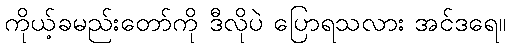
ကိုယ့်ခမည်းတော်ကို ဒီလိုပဲ ပြောရသလား အင်ဒရေ။